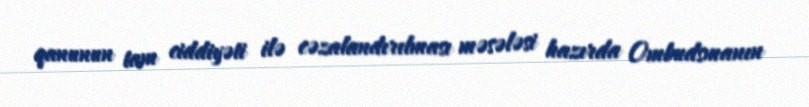
qanunun tam ciddiyəti ilə cəzalandırılması məsələsi hazırda Ombudsmanın